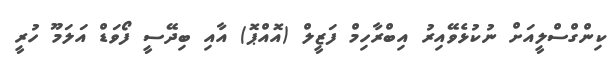
ކިންގްސްލީއަށް ނުކުޅެވޭއިރު އިބްރާހިމް ފަޒީލް (އޮއްޕޮ) އާއި ބިދޭސީ ފޯވަޑް އަލަމޫ ހުރީ